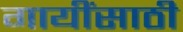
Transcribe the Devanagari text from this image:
गायींसाठी